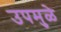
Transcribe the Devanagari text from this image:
उपमुळे